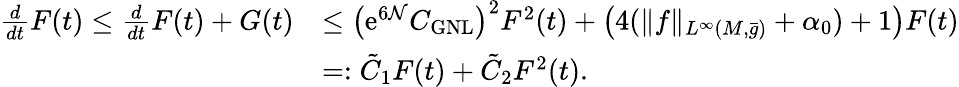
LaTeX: \begin{array}{rl}{\frac{d}{dt}F(t)\le\frac{d}{dt}F(t)+G(t)}&{\le\bigl(\mathrm{e}^{6\mathcal{N}}C_{\mathrm{GNL}}\bigr)^{2}F^{2}(t)+\bigl(4(\| f\| _{L^{\infty}(M,\bar{g})}+\alpha_{0})+1\bigr)F(t)}\\ &{=:\tilde{C}_{1}F(t)+\tilde{C}_{2}F^{2}(t).}\end{array}